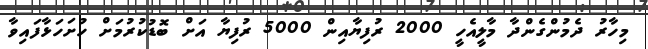
މިހާރު ދެމުންގެންދާ މާލީއެހީ 2000 ރުފިޔާއިން 5000 ރުފިޔާ އަށް ބޮޑުކުރުމަށް ހުށަހަޅާފައިވާ